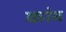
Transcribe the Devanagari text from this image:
कांब